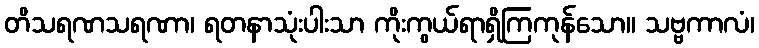
တိသရဏသရဏာ၊ ရတနာသုံးပါးသာ ကိုးကွယ်ရာရှိကြကုန်သော။ သဗ္ဗကာလံ၊